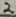
Text: 2